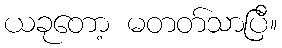
ယခုတော့ မတတ်သာပြီ။